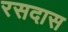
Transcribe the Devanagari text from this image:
रसदास